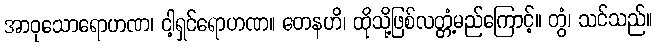
အာဝုသောရောဟဏ၊ ငါ့ရှင်ရောဟဏ။ တေနဟိ၊ ထိုသို့ဖြစ်လတ္တံ့မည်ကြောင့်။ တွံ၊ သင်သည်။